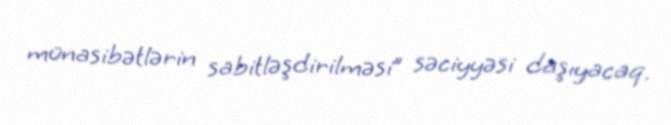
münasibətlərin sabitləşdirilməsi” səciyyəsi daşıyacaq.